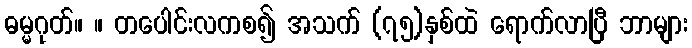
ဓမ္မဂုတ်။ ။ တပေါင်းလကစ၍ အသက် (၇၅)နှစ်ထဲ ရောက်လာပြီ ဘာများ